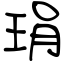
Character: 琄